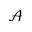
\mathcal { A }